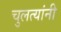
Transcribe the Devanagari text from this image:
चुलत्यांनी